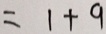
= 1 + 9